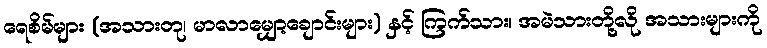
ရေစိမ်များ (အသားတု၊ မာလာမျှော့ချောင်းများ) နှင့် ကြက်သား၊ အမဲသားတို့လို အသားများကို